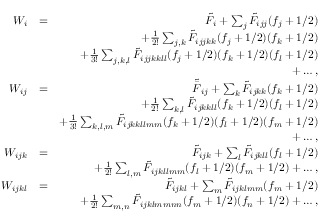
\begin{array} { r l r } { W _ { i } } & { = } & { \tilde { F } _ { i } + \sum _ { j } \tilde { F } _ { i j j } ( f _ { j } + 1 / 2 ) } \\ & { } & { + \frac { 1 } { 2 ! } \sum _ { j , k } \tilde { F } _ { i j j k k } ( f _ { j } + 1 / 2 ) ( f _ { k } + 1 / 2 ) } \\ & { } & { + \frac { 1 } { 3 ! } \sum _ { j , k , l } \tilde { F } _ { i j j k k l l } ( f _ { j } + 1 / 2 ) ( f _ { k } + 1 / 2 ) ( f _ { l } + 1 / 2 ) } \\ & { } & { + \dots , } \\ { W _ { i j } } & { = } & { \tilde { \bar { F } } _ { i j } + \sum _ { k } \tilde { F } _ { i j k k } ( f _ { k } + 1 / 2 ) } \\ & { } & { + \frac { 1 } { 2 ! } \sum _ { k , l } \tilde { F } _ { i j k k l l } ( f _ { k } + 1 / 2 ) ( f _ { l } + 1 / 2 ) } \\ & { } & { + \frac { 1 } { 3 ! } \sum _ { k , l , m } \tilde { F } _ { i j k k l l m m } ( f _ { k } + 1 / 2 ) ( f _ { l } + 1 / 2 ) ( f _ { m } + 1 / 2 ) } \\ & { } & { + \dots , } \\ { W _ { i j k } } & { = } & { \tilde { F } _ { i j k } + \sum _ { l } \tilde { F } _ { i j k l l } ( f _ { l } + 1 / 2 ) } \\ & { } & { + \frac { 1 } { 2 ! } \sum _ { l , m } \tilde { F } _ { i j k l l m m } ( f _ { l } + 1 / 2 ) ( f _ { m } + 1 / 2 ) + \dots , } \\ { W _ { i j k l } } & { = } & { \tilde { F } _ { i j k l } + \sum _ { m } \tilde { F } _ { i j k l m m } ( f _ { m } + 1 / 2 ) } \\ & { } & { + \frac { 1 } { 2 ! } \sum _ { m , n } \tilde { F } _ { i j k l m m n n } ( f _ { m } + 1 / 2 ) ( f _ { n } + 1 / 2 ) + \dots , } \end{array}